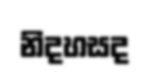
නිදහසද